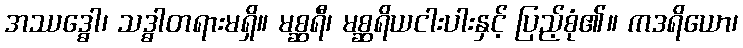
အဿဒ္ဓေါ၊ သဒ္ဓါတရားမရှိ။ မစ္ဆရီ၊ မစ္ဆရိယငါးပါးနှင့် ပြည့်စုံ၏။ ကဒရိယော၊